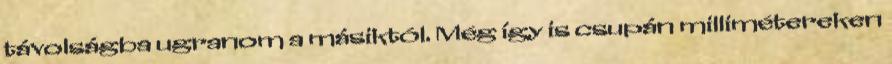
távolságba ugranom a másiktól. Még így is csupán millimétereken